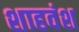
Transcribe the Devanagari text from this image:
शाहवंश